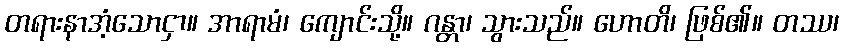
တရားနာအံ့သောငှာ။ အာရာမံ၊ ကျောင်းသို့။ ဂန္တာ၊ သွားသည်။ ဟောတိ၊ ဖြစ်၏။ တဿ၊